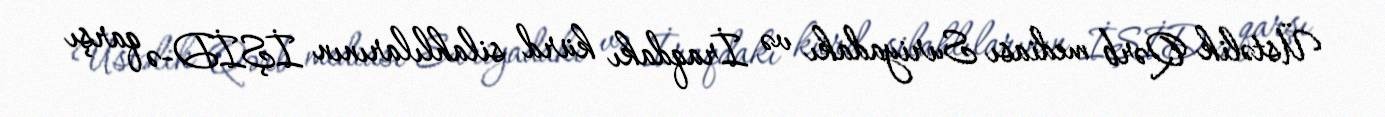
Üstəlik Qərb mediası Suriyadakı və İraqdakı kürd silahlılarının İŞİD-ə qarşı